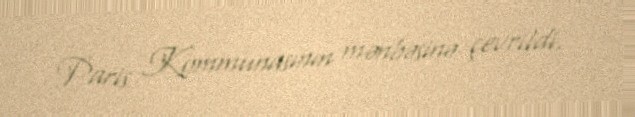
Paris Kommunasının mənbəsinə çevrildi.